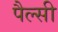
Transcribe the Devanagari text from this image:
पैल्सी